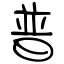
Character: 普